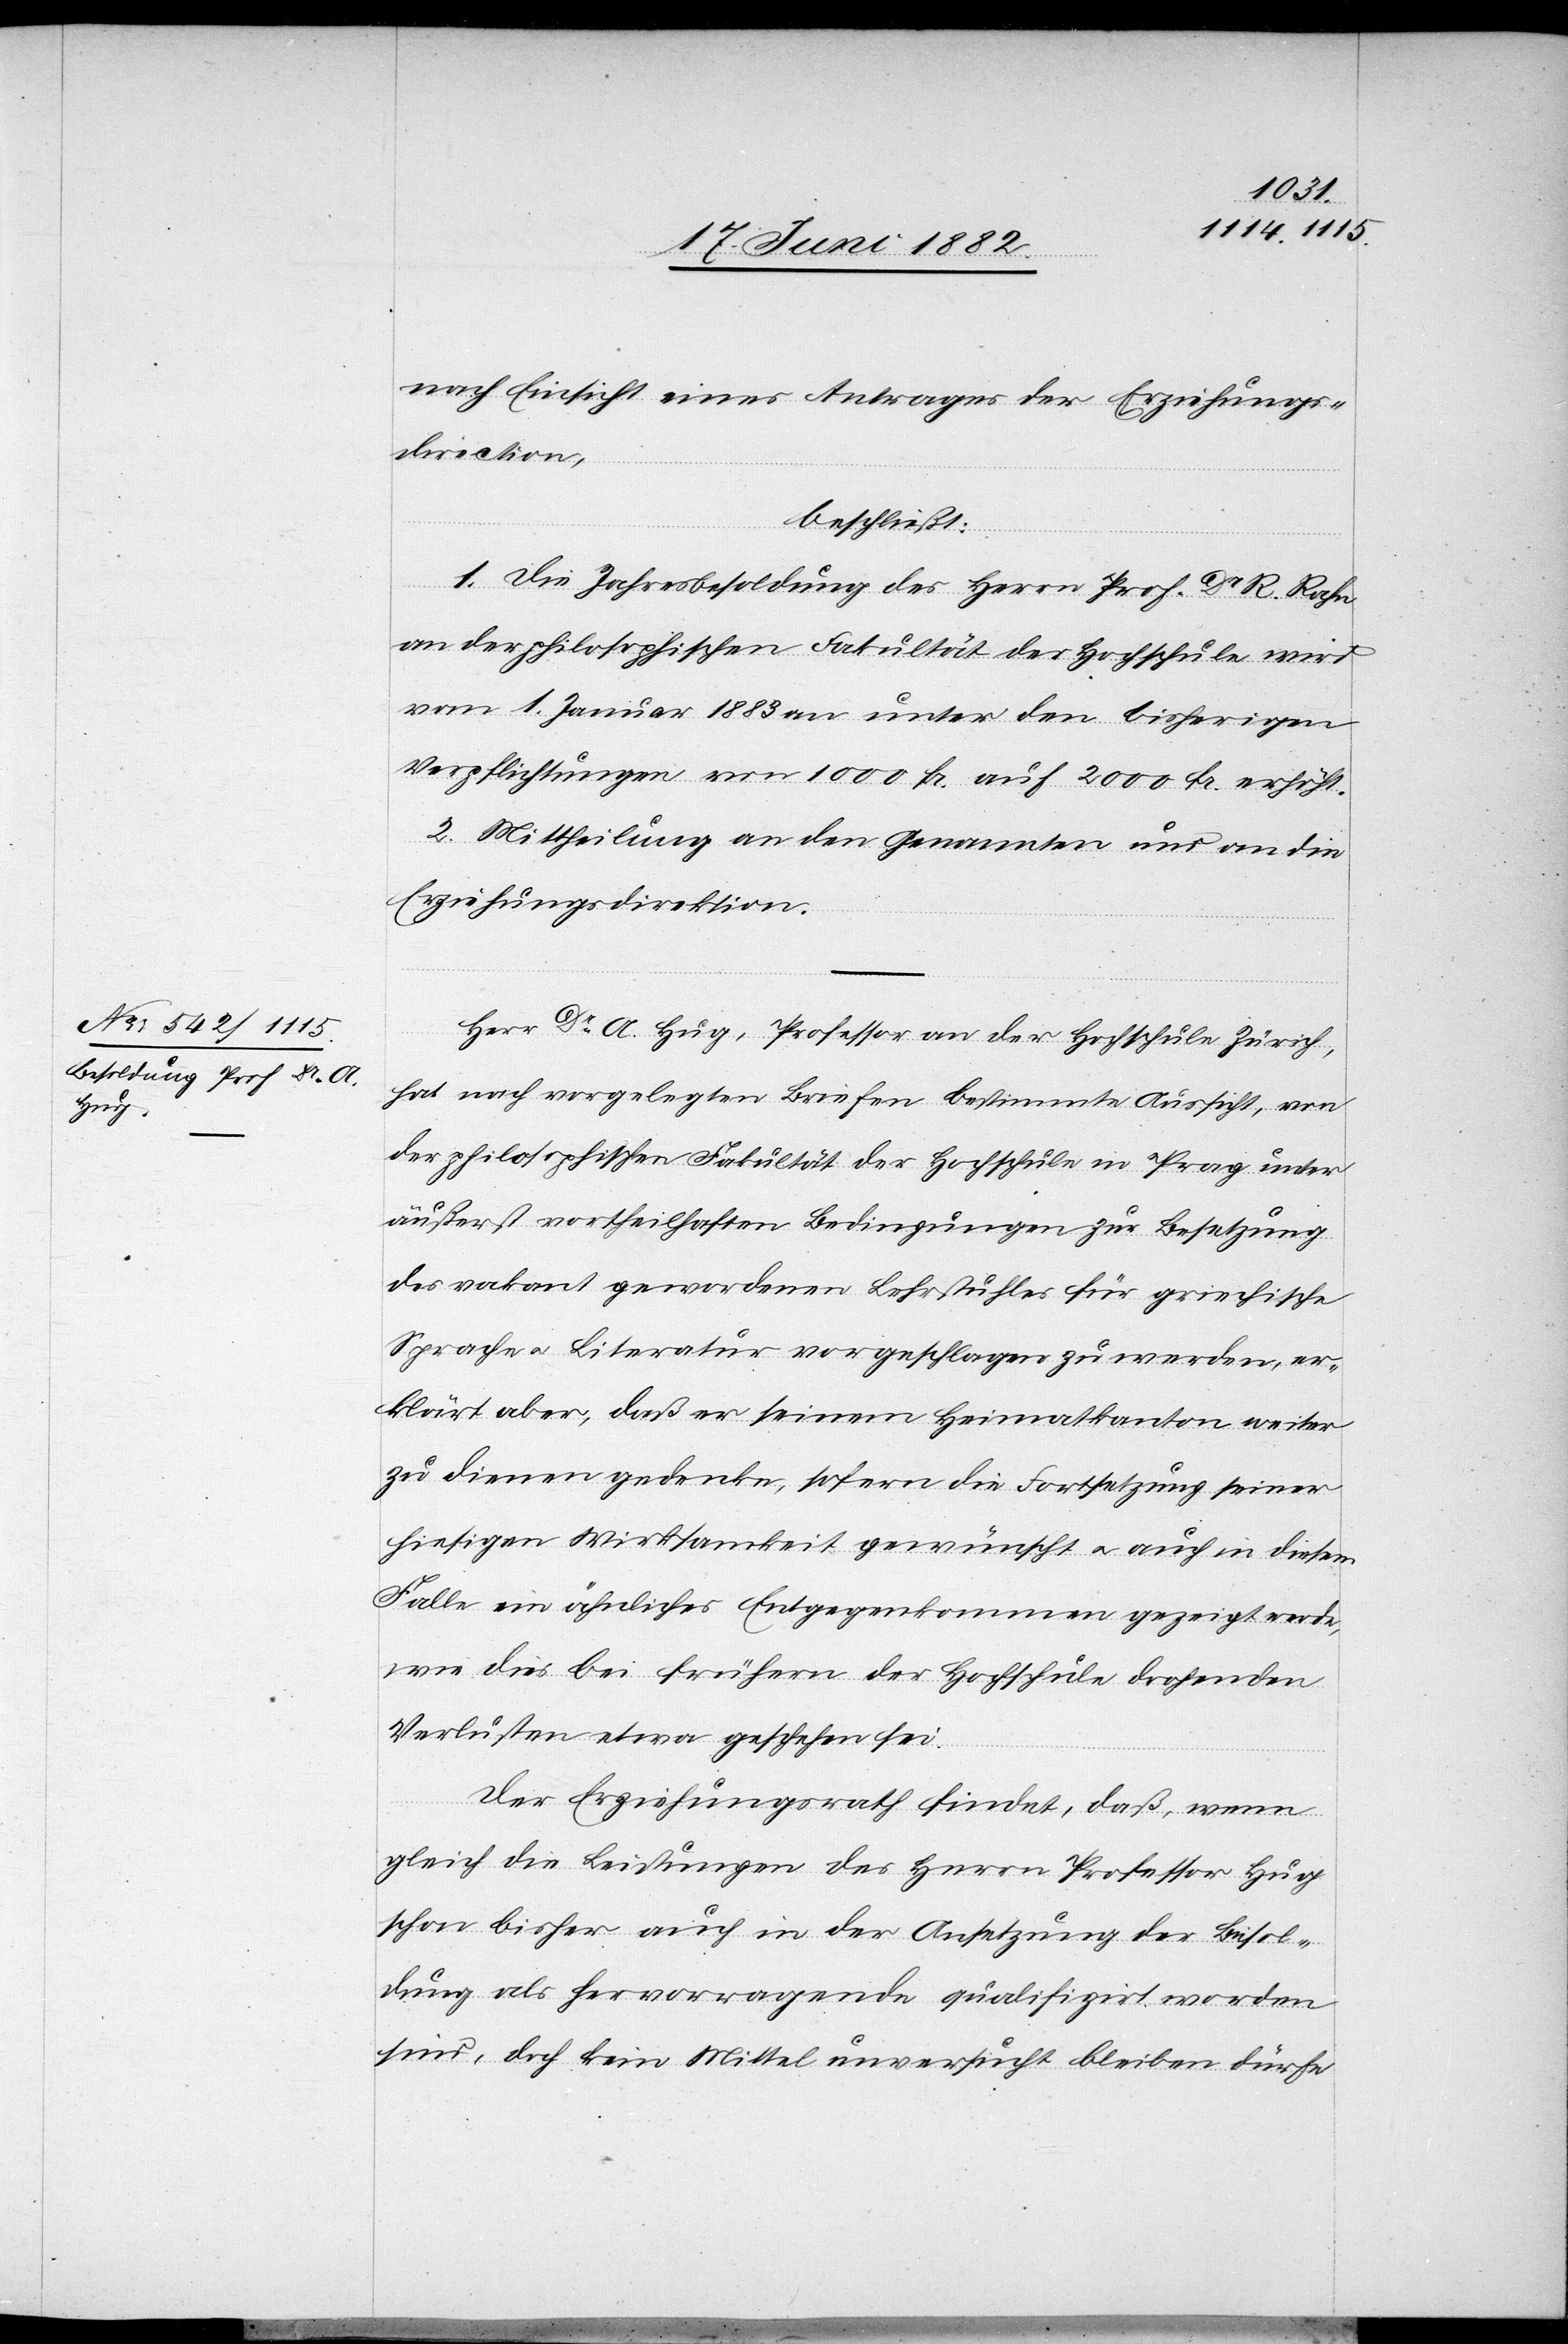
nach Einsicht eines Antrages der Erziehungs¬
direction,
beschließt:
1. Die Jahresbesoldung des Herrn Prof. Dr R. Rahn
an der philosophischen Fakultät der Hochschule wird
vom 1. Januar 1883 an unter den bisherigen
Verpflichtungen von 1000 Fr. auf 2000 Fr. erhöht.
2. Mittheilung an den Genannten und an die
Erziehungsdirection.
Herr Dr A. Hug, Professor an der Hochschule Zürich,
hat nach vorgelegten Briefen bestimmte Aussicht, von
der philosophischen Fakultät der Hochschule in Prag unter
äußerst vortheilhaften Bedingungen zur Besetzung
des vakant gewordenen Lehrstuhles für griechische
Sprache u. Literatur vorgeschlagen zu werden, er¬
klärt aber, daß er seinem Heimatkanton weiter
zu dienen gedenke, sofern die Fortsetzung seiner
hiesigen Wirksamkeit gewünscht u. auch in diesem
Falle ein ähnliches Entgegenkommen gezeigt werde,
wie dies bei frühern der Hochschule drohenden
Verlusten etwa geschehen sei.
Der Erziehungsrath findet, daß, wenn
gleich die Leistungen des Herrn Professor Hug
schon bisher auch in der Ansetzung der Besol¬
dung als hervorragende qualifizirt worden
sind, doch kein Mittel unversucht bleiben dürfe